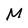
Character: M